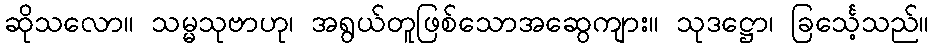
ဆိုသလော။ သမ္မသုဗာဟု၊ အရွယ်တူဖြစ်သောအဆွေကျား။ သုဒဋ္ဌော၊ ခြင်္သေ့သည်။